Vaccination United Provinces of Agra and Oudh 1902-1913 - 1902-1913
Year: 1902
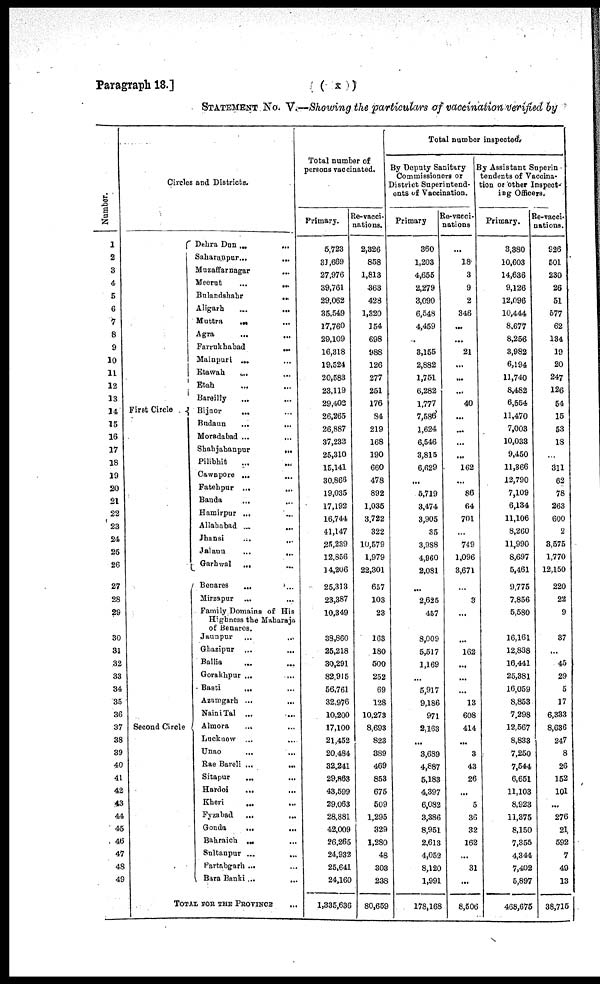
Paragraph 18.]
( x )
STATEMENT NO. V.—Showing the particulars of vaccination verified by
Number.
1
2
3
4
5
6
7
8
9
10
11
12
13
14
15
16
17
18
19
20
21
22
23
24
25
26
27
28
29
30
31
32
33
34
35
36
37
38
39
40
41
42
43
44
45
46
47
48
49
Circles and Districts.
First
Circle
Second Circle
Dehra Dun
...
...
Saharanpur
...
...
Muzaffarnagar
...
Meerut
...
...
Bulandshahr
...
Aligarh
...
...
Muttra ... ...
Agra ... ...
Farrukhabad
...
Mainpuri ... ...
Etawah ... ...
Etah ... ...
Bareilly ... ...
Bijnor ... ...
Budaun ... ...
Moradabad ... ...
Shahjahanpur
...
Pilibhit ... ...
Cawnpore
...
...
Fatehpur
...
...
Banda ... ...
Hamirpur ... ...
Allahabad
...
...
Jhansi ... ...
Jalaun
...
...
Garhwal ... ...
Benares ... ...
Mirzapur ...
...
Family Domains of His
Highness the Maharaja
of Benares.
Jaunpur ... ...
Ghazipur ... ...
Ballia ... ...
Gorakhpur ... ...
Basti ... ...
Azamgarh
...
...
Naini Tal ... ...
Almora
... ...
Lucknow ... ...
Unao ... ...
Rae Bareli
...
...
Sitapur ... ...
Hardoi ... ...
Kheri ... ...
Fyzabad
...
...
Gonda
...
...
Bahraich ... ...
Sultanpur
...
...
Partabgarh ... ...
Bara Banki ... ...
TOTAL JOB THE PROVINCE ...
Total number of
persons vaccinated.
Primary.
5,723
31,669
27,976
39,761
29,062
35,549
17,760
29,109
16,318
19,524
20,583
23,119
29,402
26,265
26,887
37,233
25,310
15,141
30,866
19,035
17,192
16,744
41,147
25,239
12,856
14,206
25,313
23,387
10,349
38,860
25,218
30,291
82,915
56,761
32,976
10,200
17,100
21,452
20,484
32,241
29,863
43,599
29,063
28,881
42,009
26,265
24,932
25,641
24,160
1,335,636
Re-vacci-
nations.
2,826
858
1,813
363
428
1,320
154
698
988
126
277
251
176
84
219
168
190
660
478
892
1,035
3,722
322
10,579
1,979
22,301
657
103
23
163
180
500
252
69
128
10,273
8,693
823
389
469
853
675
509
1,295
329
1,280
48
303
238
80,659
Total number inspected.
By Deputy Sanitary
Commissioners or
District Superintend-
ents of Vaccination.
Primary
360
1,203
4,655
2,279
3,090
6,548
4,459
3,155
2,882
1,751
6,282
1,777
7,586
1,624
6,546
3,815
6,629
...
5,719
3,474
3,905
35
3,988
4,960
2,081
...
2,625
457
8,009
5,517
1,169
...
5,917
9,186
971
2,163
...
3,689
4,887
5,183
4,397
6,082
3,386
8,951
2,613
4,052
8,120
1,991
178,168
Re-vacci-
nations
...
18
3
9
2
346
...
...
21
...
...
...
40
...
...
...
...
162
...
86
64
701
...
749
1,096
3,671
...
3
...
...
162
...
...
...
13
608
414
...
3
43
26
...
5
36
32
162
...
31
...
8,506
By Assistant Superin
tendents of Vaccina-
tion or other Inspect-
ing Officers.
Primary.
3,380
10,608
14,636
9,126
12,096
10,444
8,677
8,256
3,982
6,194
11,740
8,482
6,554
11,470
7,008
10,033
9,450
11,366
12,790
7,109
6,134
11,106
8,260
11,990
8,697
5,461
9,775
7,856
5,580
16,161
12,838
16,441
25,381
16,059
8,853
7,298
12,567
8,833
7,250
7,544
6,651
11,103
8,923
11,375
8,150
7,355
4,344
7,402
5,897
468,675
Re-vacci-
nations.
926
501
230
26
51
577
62
134
19
20
247
126
54
15
53
18
...
311
62
78
263
600
2
3,575
1,770
12,150
220
22
9
37
...
45
29
5
17
6,383
8,686
247
8
26
152
101
...
276
21
592
7
49
13
38,716